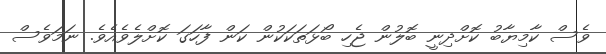
ވެސް ކާމިޔާބު ކޮށްދިނީ ބޮލުން ޖެހި ބޯޅަތަކަކުން ކަން ފާހަގަ ކޮށްލެވެއެވެ. ނަމަވެސް